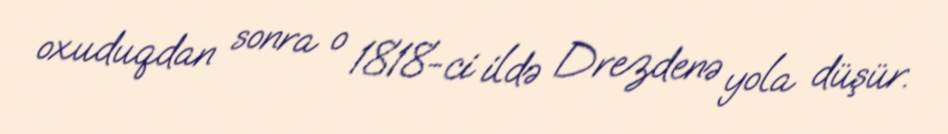
oxuduqdan sonra o 1818-ci ildə Drezdenə yola düşür.